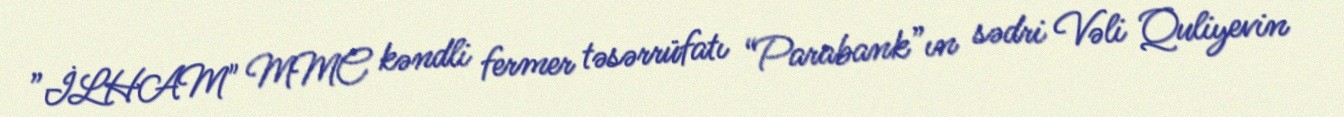
”İLHAM" MMC kəndli fermer təsərrüfatı “Parabank”ın sədri Vəli Quliyevin